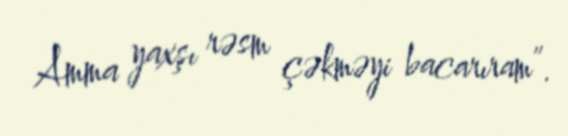
Amma yaxşı rəsm çəkməyi bacarıram”.